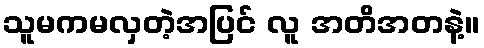
သူမကမလှတဲ့အပြင် လူ အတိအတနဲ့။